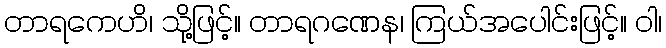
တာရကေဟိ၊ သို့ဖြင့်။ တာရဂဏေန၊ ကြယ်အပေါင်းဖြင့်။ ဝါ၊